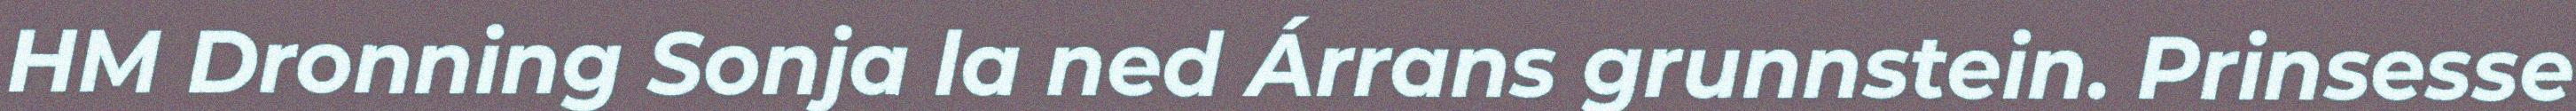
HM Dronning Sonja la ned Árrans grunnstein. Prinsesse